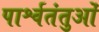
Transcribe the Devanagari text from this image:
पार्श्वतंतुओं